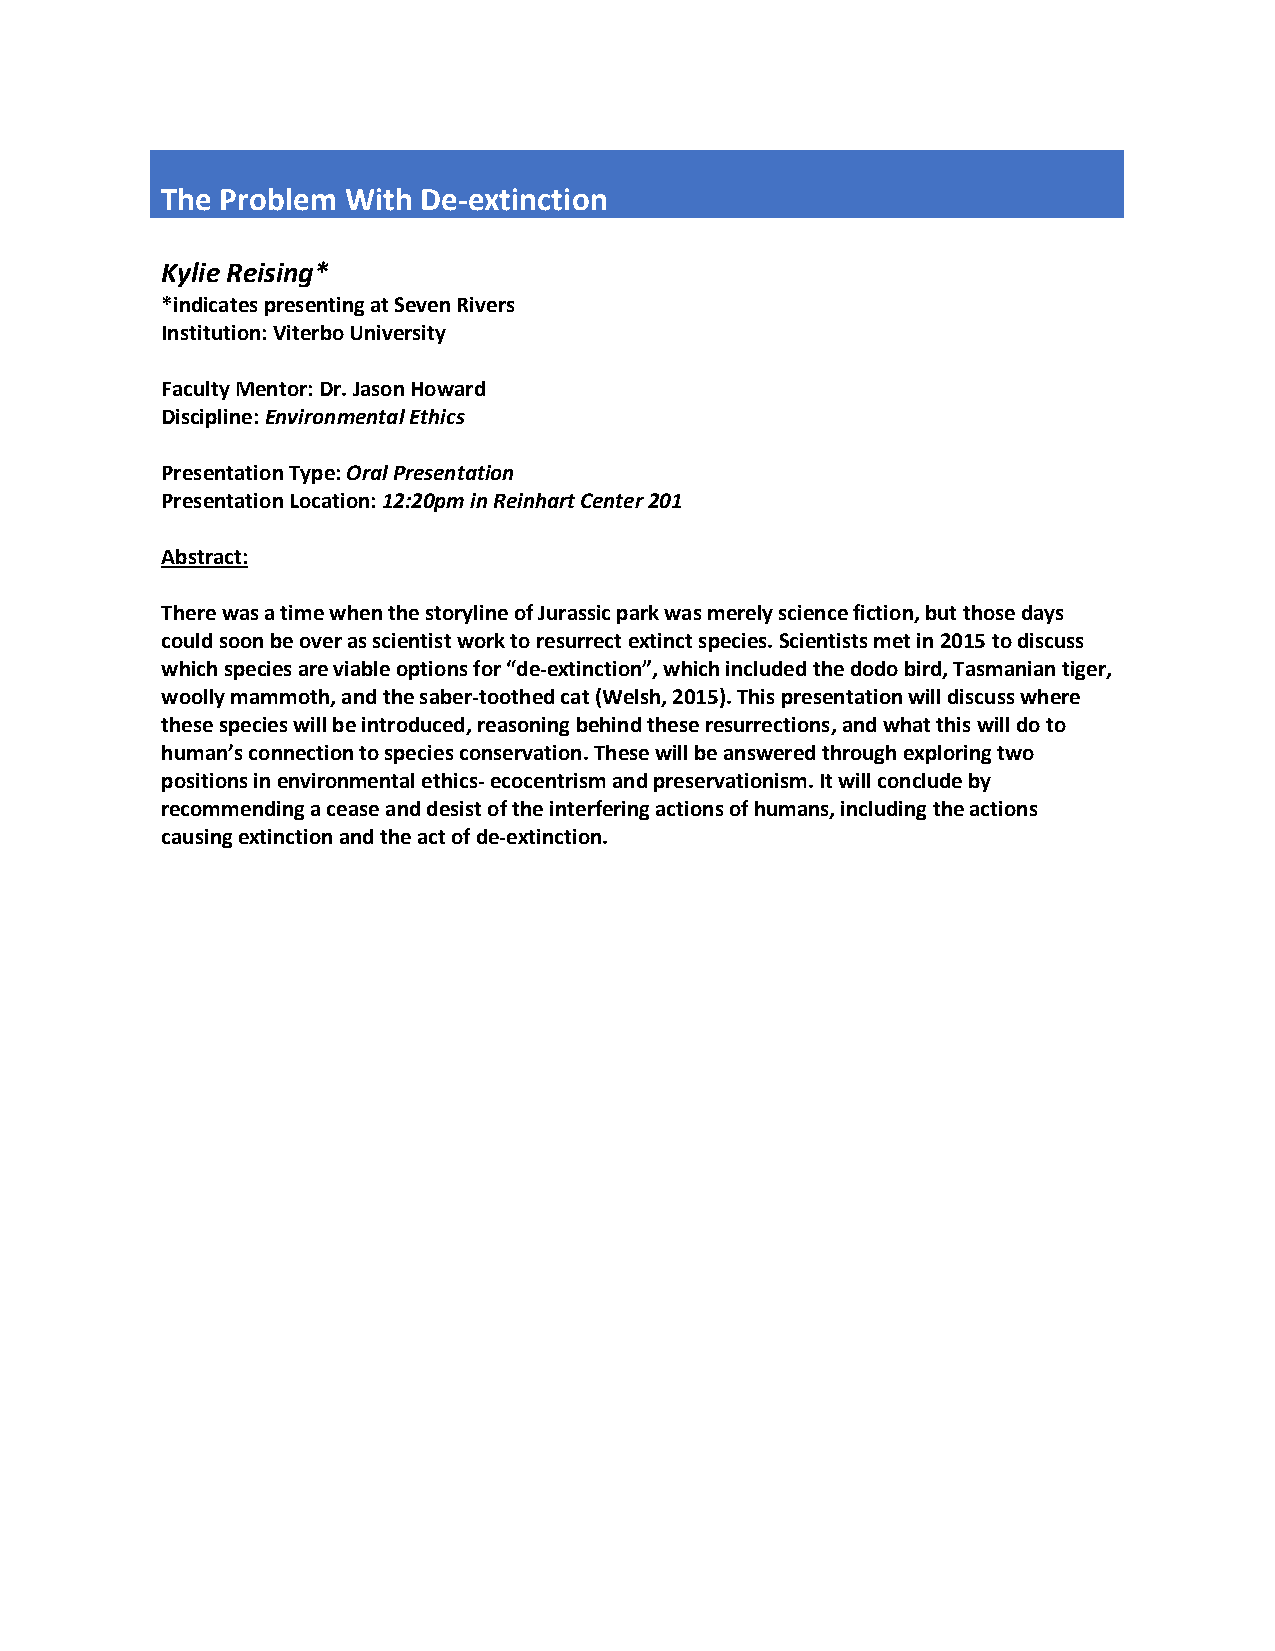
The Problem With De-extinction
 Kylie Reising*
 *indicates presenting at Seven Rivers
 Institution: Viterbo University
 Faculty Mentor: Dr. Jason Howard
 Discipline: Environmental Ethics
 Presentation Type: Oral Presentation
 Presentation Location: 12:20pm in Reinhart Center 201
 Abstract:
 There was a time when the storyline of Jurassic park was merely science fiction, but those days
 could soon be over as scientist work to resurrect extinct species. Scientists met in 2015 to discuss
 which species are viable options for “de-extinction”, which included the dodo bird, Tasmanian tiger,
 woolly mammoth, and the saber-toothed cat (Welsh, 2015). This presentation will discuss where
 these species will be introduced, reasoning behind these resurrections, and what this will do to
 human’s connection to species conservation. These will be answered through exploring two
 positions in environmental ethics- ecocentrism and preservationism. It will conclude by
 recommending a cease and desist of the interfering actions of humans, including the actions
 causing extinction and the act of de-extinction.